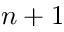
n + 1